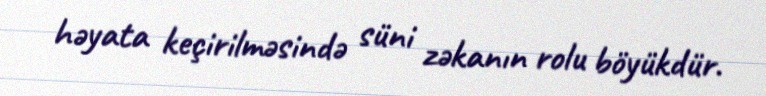
həyata keçirilməsində süni zəkanın rolu böyükdür.